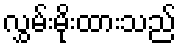
လွှမ်းမိုးထားသည်